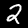
Label: 2